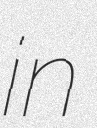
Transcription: in